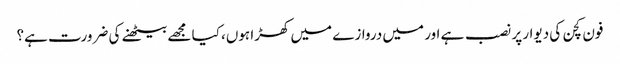
فون کچن کی دیوار پر نصب ہے اور میں دروازے میں کھڑا ہوں، کیا مجھے بیٹھنے کی ضرورت ہے؟